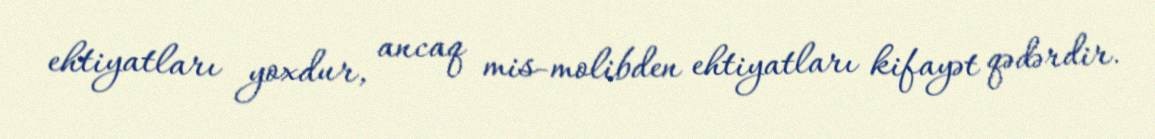
ehtiyatları yoxdur, ancaq mis-molibden ehtiyatları kifayət qədərdir.